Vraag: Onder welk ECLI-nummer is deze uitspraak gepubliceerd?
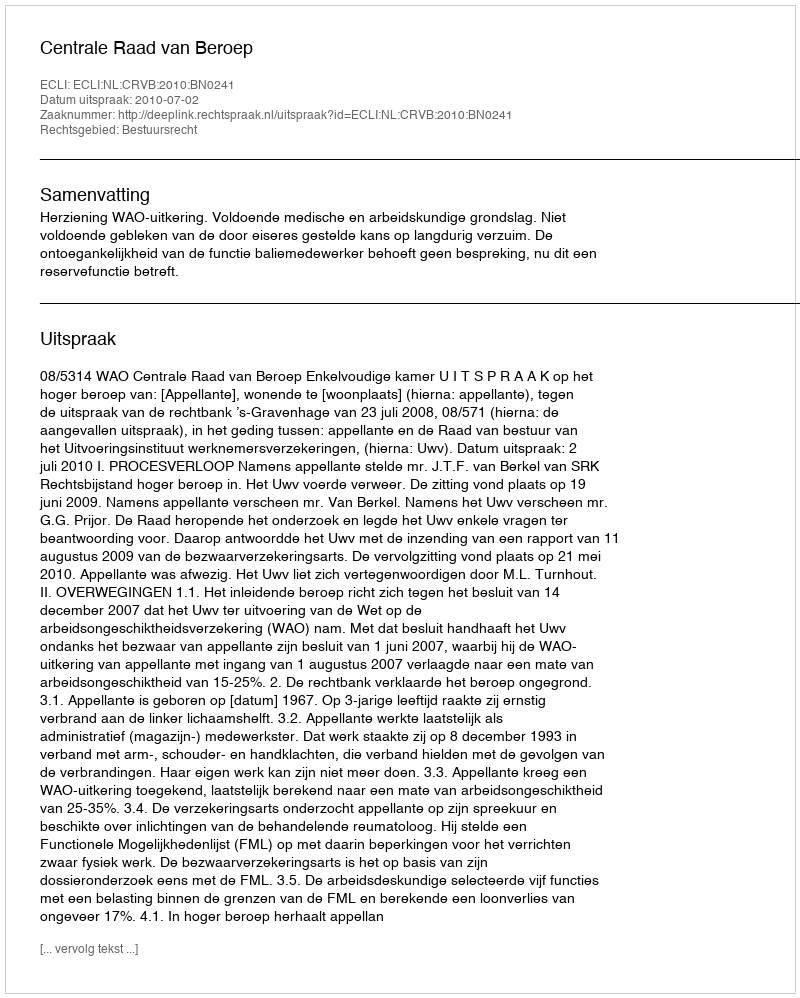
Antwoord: ECLI:NL:CRVB:2010:BN0241